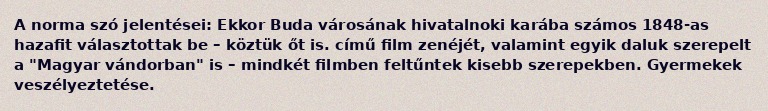
A norma szó jelentései: Ekkor Buda városának hivatalnoki karába számos 1848-as hazafit választottak be – köztük őt is. című film zenéjét, valamint egyik daluk szerepelt a "Magyar vándorban" is – mindkét filmben feltűntek kisebb szerepekben. Gyermekek veszélyeztetése.